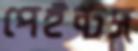
পেইন্টস্